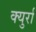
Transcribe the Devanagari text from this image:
क्युर्रा